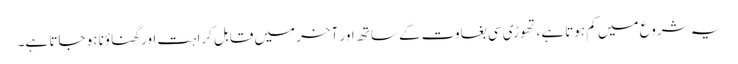
یہ شروع میں کم ہوتا ہے، تھوڑی سی بغاوت کے ساتھ اور آخر میں قابل کراہت اور گھناؤنا ہو جاتا ہے۔